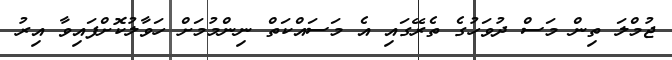
ޖުމްލަ ތިން މަސް ދުވަހުގެ ތެރޭގައި އެ މަސައްކަތް ނިންމުމަށް ހަވާލުކޮށްފައިވާ އިރު